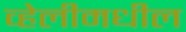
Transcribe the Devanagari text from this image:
व्हेलीमधील